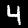
Digit: 4